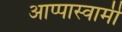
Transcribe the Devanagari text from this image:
आप्पास्वामीं